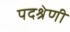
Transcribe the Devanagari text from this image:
पदश्रेणी